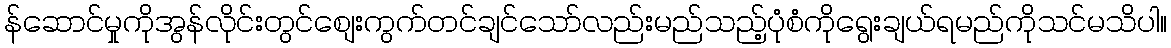
န်ဆောင်မှုကိုအွန်လိုင်းတွင်စျေးကွက်တင်ချင်သော်လည်းမည်သည့်ပုံစံကိုရွေးချယ်ရမည်ကိုသင်မသိပါ။